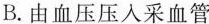
B.由血压压人采血管